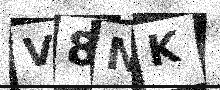
Text: V8NK